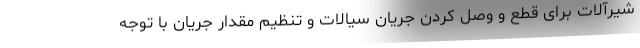
شیرآلات برای قطع و وصل کردن جریان سیالات و تنظیم مقدار جریان با توجه